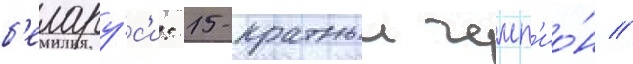
б'елару́с'и: 15-кратныи чемп'ио́н /